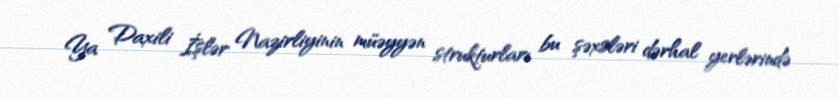
Ya Daxili İşlər Nazirliyinin müəyyən strukturları bu şəxsləri dərhal yerlərində